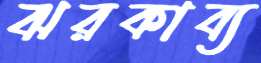
ঝরকাব্য